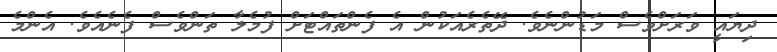
ދިޔައީ ވަރަށްވެސް މަޑުންނެވެ. ދޭތެރެއަކުން އެ ފެންތައްޓަށް ފުމެލާ ތަންވެސް ފެނެއެވެ. އެންމެ